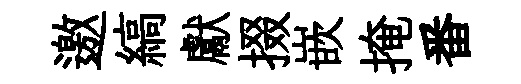
邀縞獻掇嵌掩番